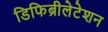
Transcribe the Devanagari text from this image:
डिफिब्रीलेटेशन